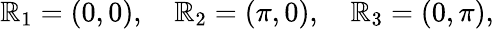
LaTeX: \mathbb{R}_{1}=\left(0,0\right),\quad\mathbb{R}_{2}=\left(\pi,0\right),\quad\mathbb{R}_{3}=\left(0,\pi\right),